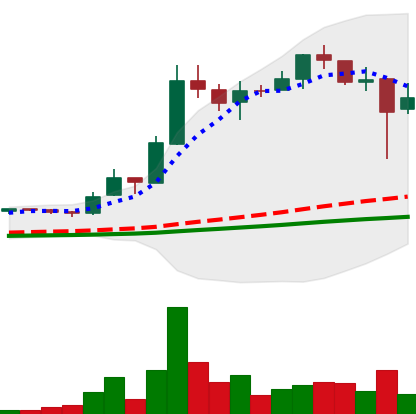
Ticker: LTC-USD
Chart end date: 2017-12-23
Forward return: -13.299%
Label: down_7plus